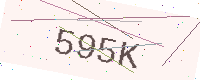
Text: 595K